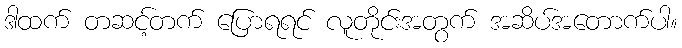
ဒါထက် တဆင့်တက် ပြောရရင် လူတိုင်းအတွက် အဆိပ်အတောက်ပါ။